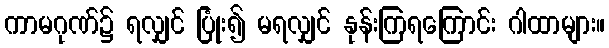
ကာမဂုဏ်၌ ရလျှင် ပြုံး၍ မရလျှင် နုန်းကြရကြောင်း ဂါထာများ။